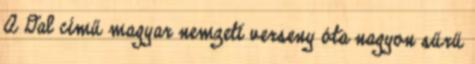
A Dal című magyar nemzeti verseny óta nagyon sűrű